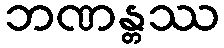
ဘဏန္တဿ